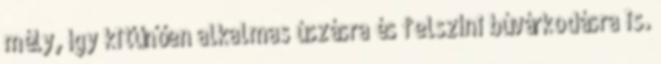
mély, így kitűnően alkalmas úszásra és felszíni búvárkodásra is.